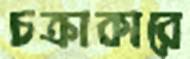
চক্রাকারে